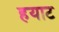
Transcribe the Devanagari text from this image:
हयाट